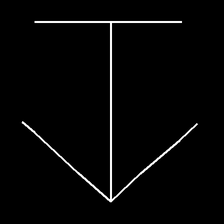
Glyph: levitation